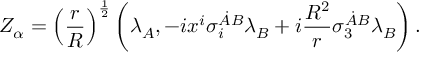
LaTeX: { \cal Z } _ { \alpha } = \left( { \frac { r } { R } } \right) ^ { \frac { 1 } { 2 } } \left( \lambda _ { A } , - i x ^ { i } \sigma _ { i } ^ { \dot { A } B } \lambda _ { B } + i { \frac { R ^ { 2 } } { r } } \sigma _ { 3 } ^ { \dot { A } B } \lambda _ { B } \right) .